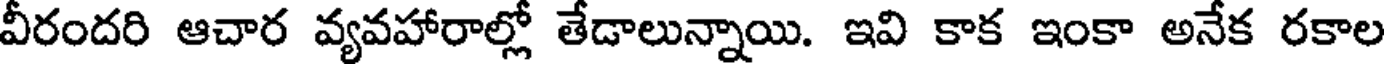
వీరందరి ఆచార వ్యవహారాల్లో తేడాలున్నాయి. ఇవి కాక ఇంకా అనేక రకాల